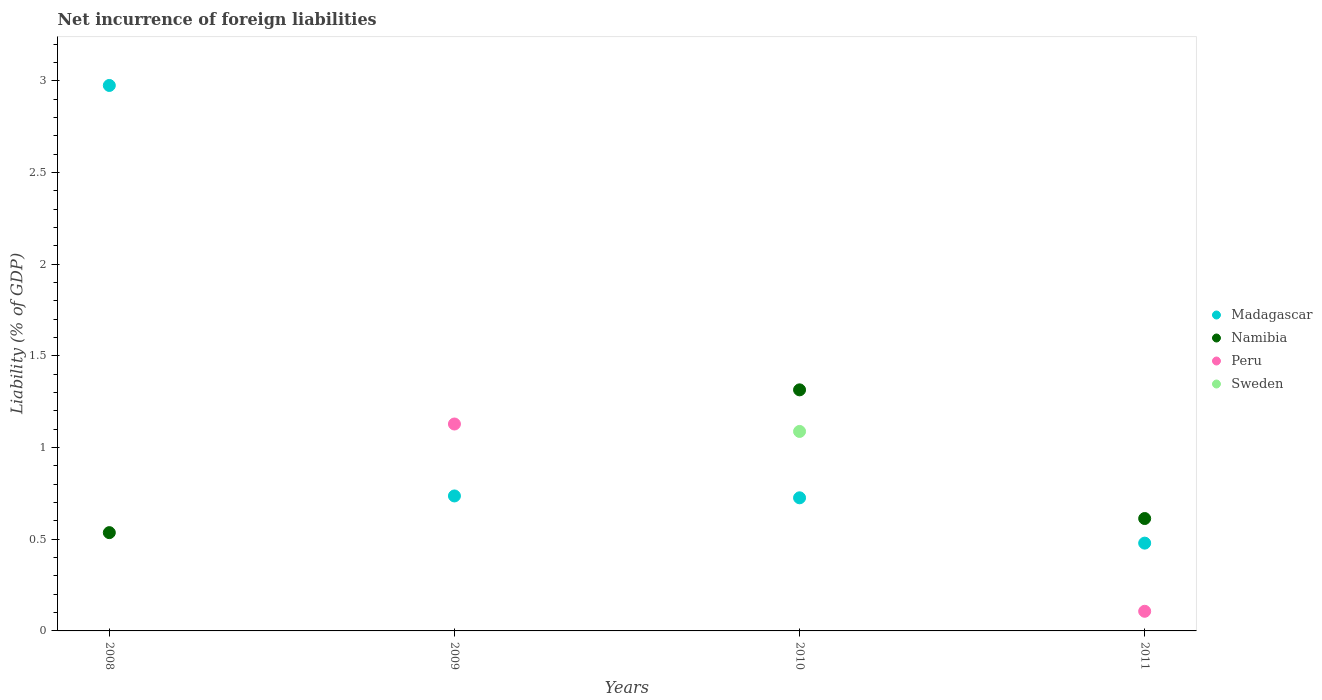
| Years | Madagascar | Namibia | Peru | Sweden |
 | --- | --- | --- | --- | --- |
 | 2008 | 2.97 | 0.536 | -1.1 | -2.36 |
 | 2009 | 0.736 | -0.043 | 1.13 | -0.192 |
 | 2010 | 0.726 | 1.31 | -0.741 | 1.09 |
 | 2011 | 0.479 | 0.613 | 0.107 | -0.775 |